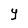
Character: Y